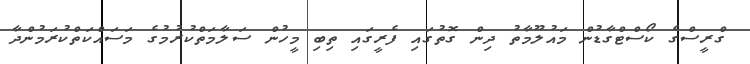
ގްރީސްގެ ކޯސްޓްގާޑުން މައުލޫމާތު ދިން ގޮތުގައި ފެރީގައި ތިބި މީހުން ސަލާމަތްކުރުމުގެ މަސައްކަތްކުރަމުންދާ